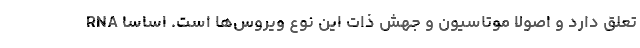
RNA تعلق دارد و اصولا موتاسیون و جهش ذات این نوع ویروس‌ها است. اساسا